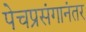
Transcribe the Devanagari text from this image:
पेचप्रसंगानंतर